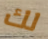
لك